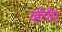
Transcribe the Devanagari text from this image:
व्हीपीए